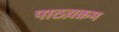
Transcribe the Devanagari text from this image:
पाठय़क्रम